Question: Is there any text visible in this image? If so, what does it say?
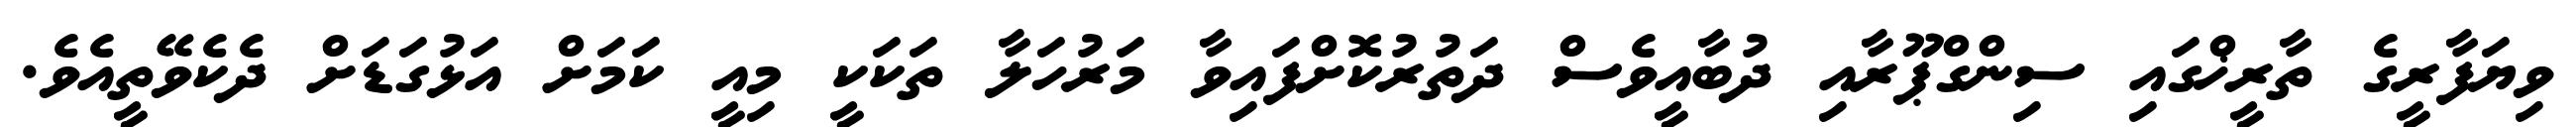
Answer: ވިޔަފާރީގެ ތާރީޚްގައި ސިންގްޕޫރާއި ދުބާއީވެސް ދަތުރުކޮށްފައިވާ މަރުހަލާ ތަކަކީ މިއީ ކަމަށް އަޅުގަޑަށް ދެކެވޭތީއެވެ.